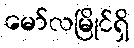
မော်လမြိုင်ရှိ